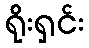
ရိုးရှင်း